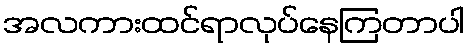
အလကားထင်ရာလုပ်နေကြတာပါ